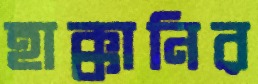
হাক্কানির